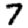
Digit: 7